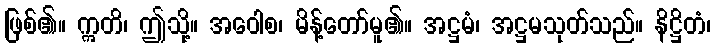
ဖြစ်၏။ ဣတိ၊ ဤသို့။ အဝေါစ၊ မိန့်တော်မူ၏။ အဋ္ဌမံ၊ အဋ္ဌမသုတ်သည်။ နိဋ္ဌိတံ၊